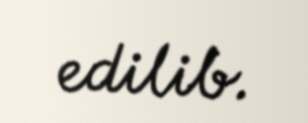
edilib.